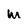
Character: M